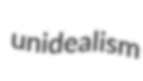
unidealism